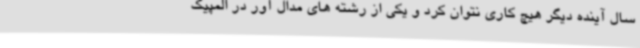
سال آینده دیگر هیچ کاری نتوان کرد و یکی از رشته های مدال آور در المپیک